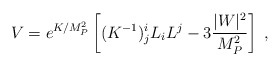
\begin{align*}V = e^{K/M_P^2} \left[(K^{-1})^i_j L_i L^j - 3\frac{|W|^2}{M_P^2}\right] \;,\end{align*}